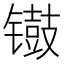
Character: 𫔐